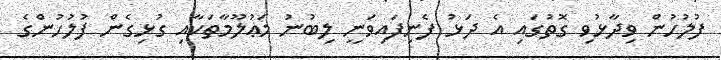
ފުލުހުން ވިދާޅުވި ގޮތުގައި އެ ދަޅު ފެނިފައިވަނީ ލިބުނު މަޢުލޫމާތަކާއި ގުޅިގެން ފުލުހުންގެ